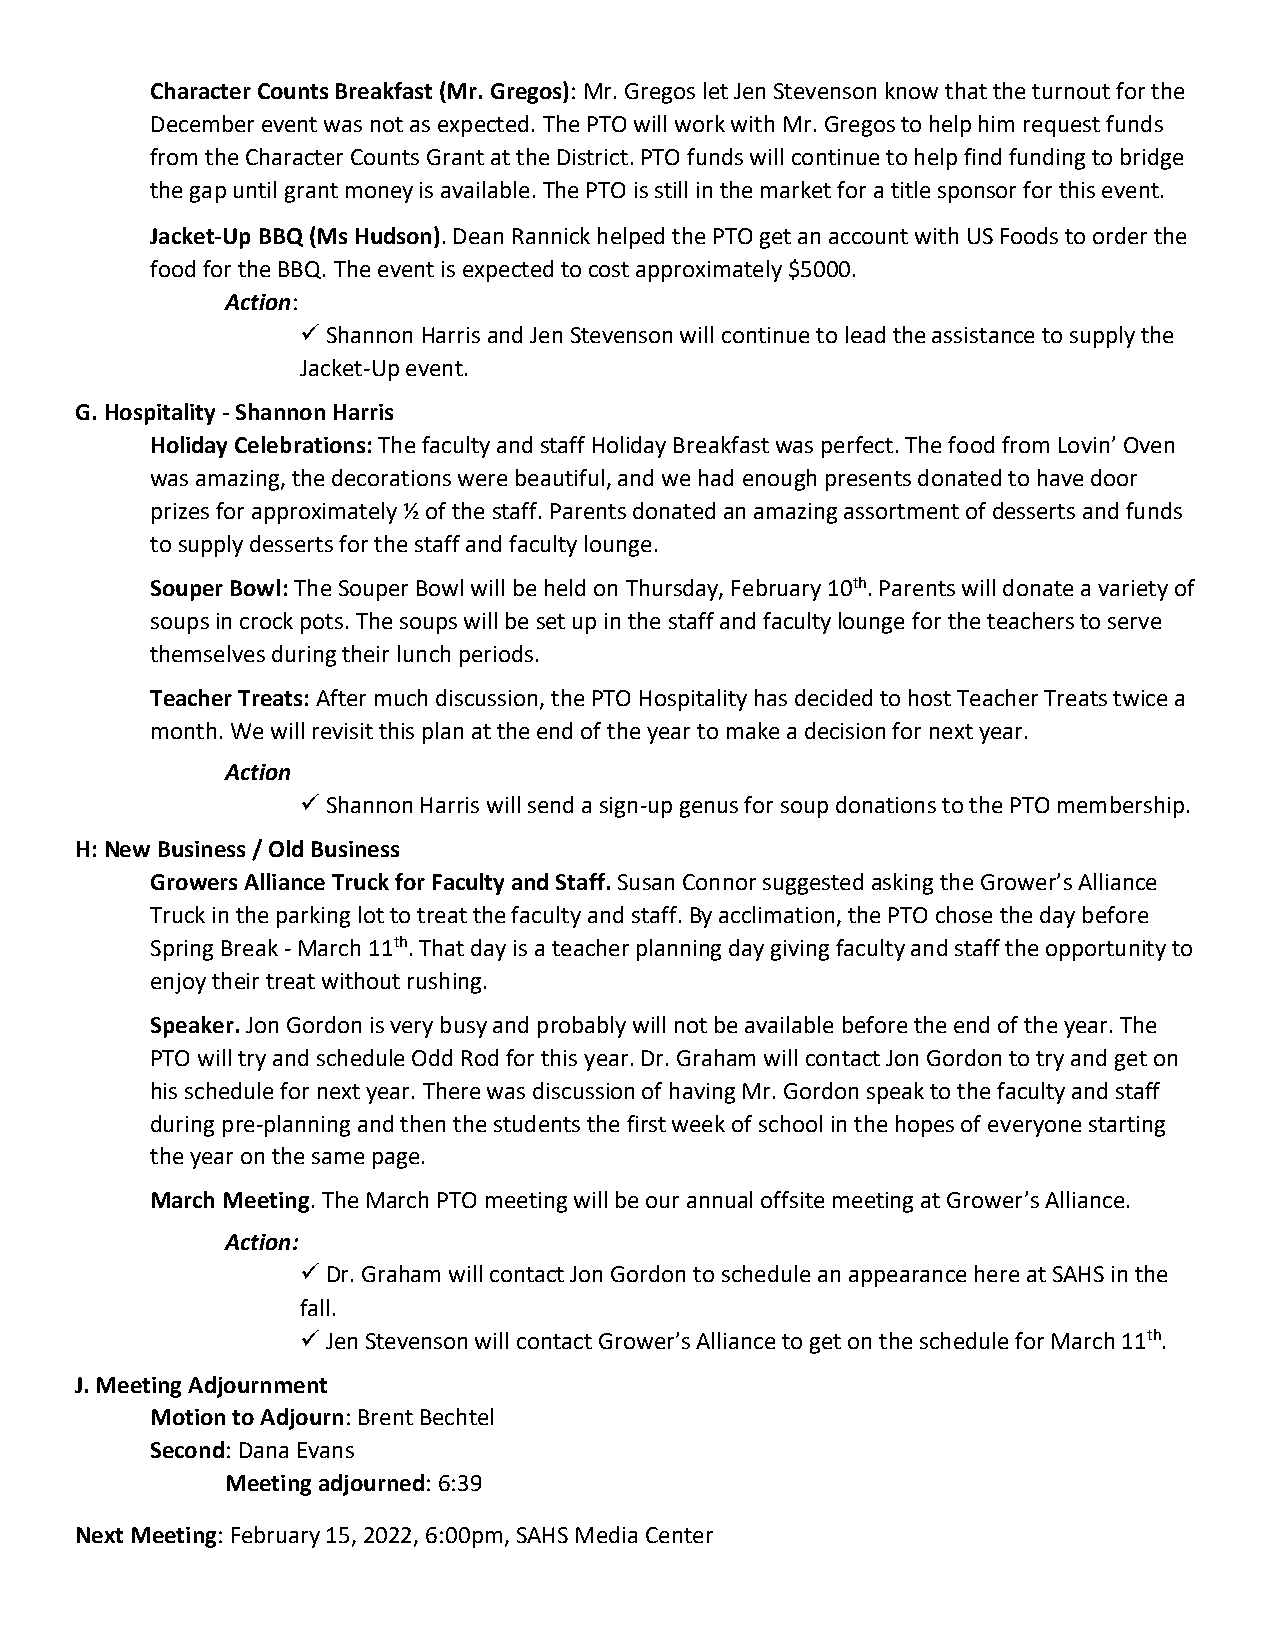
Character Counts Breakfast (Mr. Gregos): Mr. Gregos let Jen Stevenson know that the turnout for the
 December event was not as expected. The PTO will work with Mr. Gregos to help him request funds
 from the Character Counts Grant at the District. PTO funds will continue to help find funding to bridge
 the gap until grant money is available. The PTO is still in the market for a title sponsor for this event.
 Jacket-Up BBQ (Ms Hudson). Dean Rannick helped the PTO get an account with US Foods to order the
 food for the BBQ. The event is expected to cost approximately $5000.
 Action:
 ✓ Shannon Harris and Jen Stevenson will continue to lead the assistance to supply the
 Jacket-Up event.
 G. Hospitality - Shannon Harris
 Holiday Celebrations: The faculty and staff Holiday Breakfast was perfect. The food from Lovin’ Oven
 was amazing, the decorations were beautiful, and we had enough presents donated to have door
 prizes for approximately ½ of the staff. Parents donated an amazing assortment of desserts and funds
 to supply desserts for the staff and faculty lounge.
 Souper Bowl: The Souper Bowl will be held on Thursday, February 10th. Parents will donate a variety of
 soups in crock pots. The soups will be set up in the staff and faculty lounge for the teachers to serve
 themselves during their lunch periods.
 Teacher Treats: After much discussion, the PTO Hospitality has decided to host Teacher Treats twice a
 month. We will revisit this plan at the end of the year to make a decision for next year.
 Action
 ✓ Shannon Harris will send a sign-up genus for soup donations to the PTO membership.
 H: New Business / Old Business
 Growers Alliance Truck for Faculty and Staff. Susan Connor suggested asking the Grower’s Alliance
 Truck in the parking lot to treat the faculty and staff. By acclimation, the PTO chose the day before
 Spring Break - March 11th. That day is a teacher planning day giving faculty and staff the opportunity to
 enjoy their treat without rushing.
 Speaker. Jon Gordon is very busy and probably will not be available before the end of the year. The
 PTO will try and schedule Odd Rod for this year. Dr. Graham will contact Jon Gordon to try and get on
 his schedule for next year. There was discussion of having Mr. Gordon speak to the faculty and staff
 during pre-planning and then the students the first week of school in the hopes of everyone starting
 the year on the same page.
 March Meeting. The March PTO meeting will be our annual offsite meeting at Grower’s Alliance.
 Action:
 ✓ Dr. Graham will contact Jon Gordon to schedule an appearance here at SAHS in the
 fall.
 ✓ Jen Stevenson will contact Grower’s Alliance to get on the schedule for March 11th.
 J. Meeting Adjournment
 Motion to Adjourn: Brent Bechtel
 Second: Dana Evans
 Meeting adjourned: 6:39
 Next Meeting: February 15, 2022, 6:00pm, SAHS Media Center